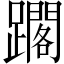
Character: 𨆿